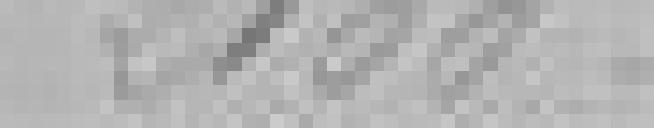
2 100